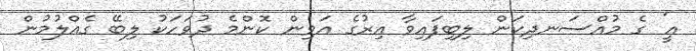
އީ' ގެ މުއްސަނދިކަން ލިބިފައިވާ އިރުގެ އަވިން ކޮންމެ ދުވަހަކު ލިބޭ ގެއްލުމުން